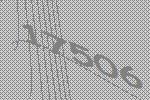
17506